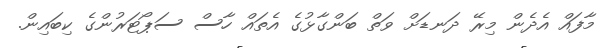
މާފައް އެދެން މިރޭ ދަނޑަށް ވަތް ބަންގާޅުގެ އެތައް ހާސް ސަޕޯޓަރުންގެ ކިބައިން.